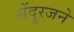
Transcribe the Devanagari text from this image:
सेंदूरजने